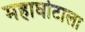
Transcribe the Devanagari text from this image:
महाघोटाला